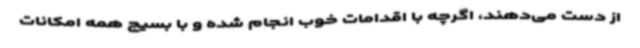
از دست می‌دهند، اگرچه با اقدامات خوب انجام شده و با بسیج همه امکانات